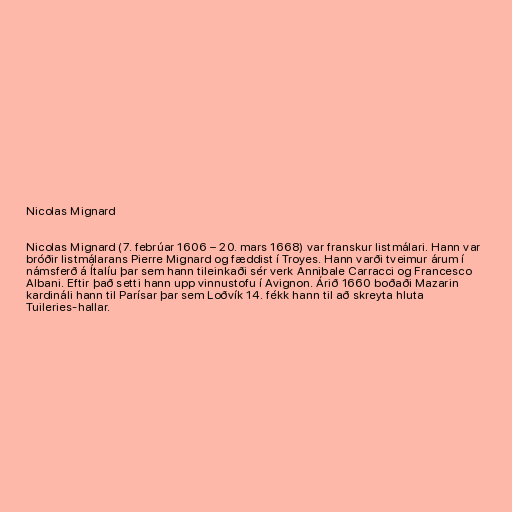
Nicolas Mignard

Nicolas Mignard (7. febrúar 1606 – 20. mars 1668) var franskur listmálari. Hann var
bróðir listmálarans Pierre Mignard og fæddist í Troyes. Hann varði tveimur árum í
námsferð á Ítalíu þar sem hann tileinkaði sér verk Annibale Carracci og Francesco
Albani. Eftir það setti hann upp vinnustofu í Avignon. Árið 1660 boðaði Mazarin
kardináli hann til Parísar þar sem Loðvík 14. fékk hann til að skreyta hluta
Tuileries-hallar.